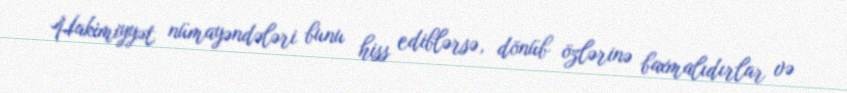
Hakimiyyət nümayəndələri bunu hiss ediblərsə, dönüb özlərinə baxmalıdırlar və